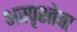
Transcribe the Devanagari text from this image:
अस्पृश्तेचा